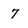
Character: 7